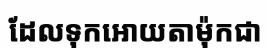
ដែលទុកអោយតាម៉ុកជា